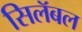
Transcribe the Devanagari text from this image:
सिलॅबल